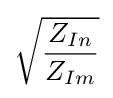
{\sqrt {\frac {Z_{In}}{Z_{Im}}}}